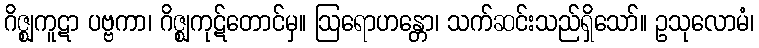
ဂိဇ္ဈကူဋာ ပဗ္ဗကာ၊ ဂိဇ္ဈကုဋ်တောင်မှ။ ဩရောဟန္တော၊ သက်ဆင်းသည်ရှိသော်။ ဥသုလောမံ၊